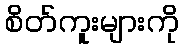
စိတ်ကူးများကို